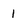
Character: 1